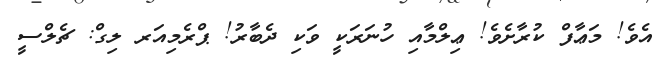
އެވެ! މަޢާފް ކުރާށެވެ! ޢިިލްމާއި ހުނަރަކީ ވަކި ދެބާރު! ޕްރެމިއަރ ލިގް: ޗެލްސީ